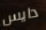
دايس